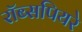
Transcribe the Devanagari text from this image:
रॉब्सपियरे